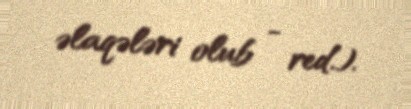
əlaqələri olub - red.).